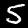
Label: 5